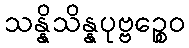
သန္နိသိန္နပုဗ္ဗဉ္စေဝ